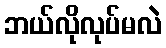
ဘယ်လိုလုပ်မလဲ